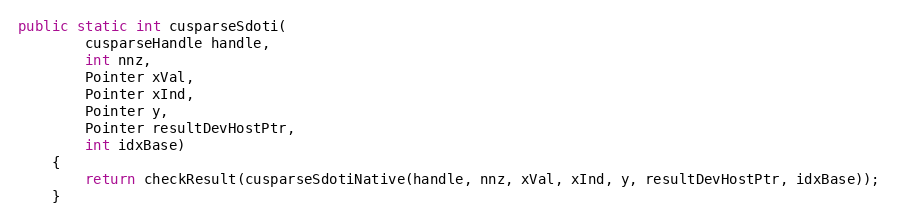
Language: Java
public static int cusparseSdoti(
        cusparseHandle handle,
        int nnz,
        Pointer xVal,
        Pointer xInd,
        Pointer y,
        Pointer resultDevHostPtr,
        int idxBase)
    {
        return checkResult(cusparseSdotiNative(handle, nnz, xVal, xInd, y, resultDevHostPtr, idxBase));
    }